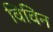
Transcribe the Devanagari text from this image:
विविन